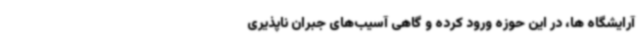
آرایشگاه ها، در این حوزه‌ ورود کرده و گاهی آسیب‌های جبران‌ ناپذیری